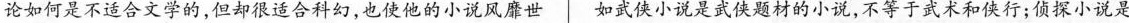
论如何是不适合文学的，但却很适合科幻，也使他的小说风磨世 如武侠小说是武侠题材的小说，不等于武术和侠行：侦探小说是